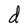
Character: d